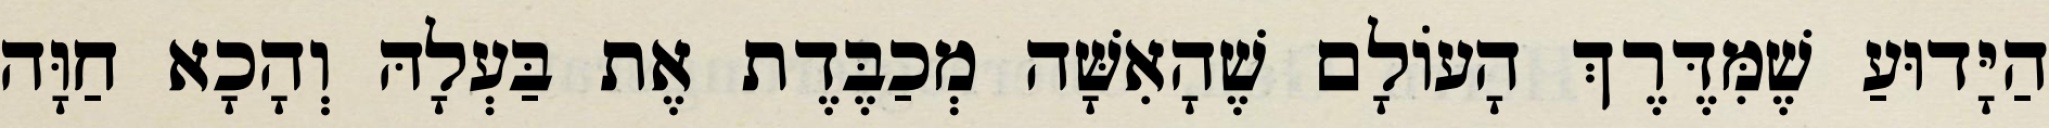
הַיָּדוּעַ שֶׁמִּדֶּרֶךְ הָעוֹלָם שֶׁהָאִשָּׁה מְכַבֶּדֶת אֶת בַּעְלָהּ וְהָכָא חַוָּה